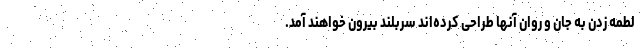
لطمه زدن به جان و روان آنها طراحی کرده‌اند سربلند بیرون خواهند آمد.